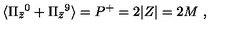
\langle \Pi _ { \bar { z } } { } ^ { 0 } + \Pi _ { \bar { z } } { } ^ { 9 } \rangle = P ^ { + } = 2 | Z | = 2 M \ ,